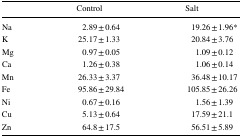
<table><thead><tr><td></td><td><b>Control</b></td><td><b>Salt</b></td></tr></thead><tbody><tr><td>Na</td><td>2.89 ± 0.64</td><td>19.26 ± 1.96*</td></tr><tr><td>K</td><td>25.17 ± 1.33</td><td>20.84 ± 3.76</td></tr><tr><td>Mg</td><td>0.97 ± 0.05</td><td>1.09 ± 0.12</td></tr><tr><td>Ca</td><td>1.26 ± 0.38</td><td>1.06 ± 0.14</td></tr><tr><td>Mn</td><td>26.33 ± 3.37</td><td>36.48 ± 10.17</td></tr><tr><td>Fe</td><td>95.86 ± 29.84</td><td>105.85 ± 26.26</td></tr><tr><td>Ni</td><td>0.67 ± 0.16</td><td>1.56 ± 1.39</td></tr><tr><td>Cu</td><td>5.13 ± 0.64</td><td>17.59 ± 21.1</td></tr><tr><td>Zn</td><td>64.8 ± 17.5</td><td>56.51 ± 5.89</td></tr></tbody></table>